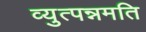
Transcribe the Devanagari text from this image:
व्युत्पन्नमति